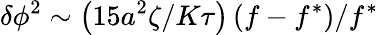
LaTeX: \delta\phi^{2}\sim\left(15a^{2}\zeta/K\tau\right)\left(f-f^{\ast}\right)/f^{\ast}